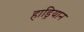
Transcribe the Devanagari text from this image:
हाड्रियान